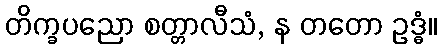
တိက္ခပညော စတ္တာလီသံ, န တတော ဥဒ္ဓံ။